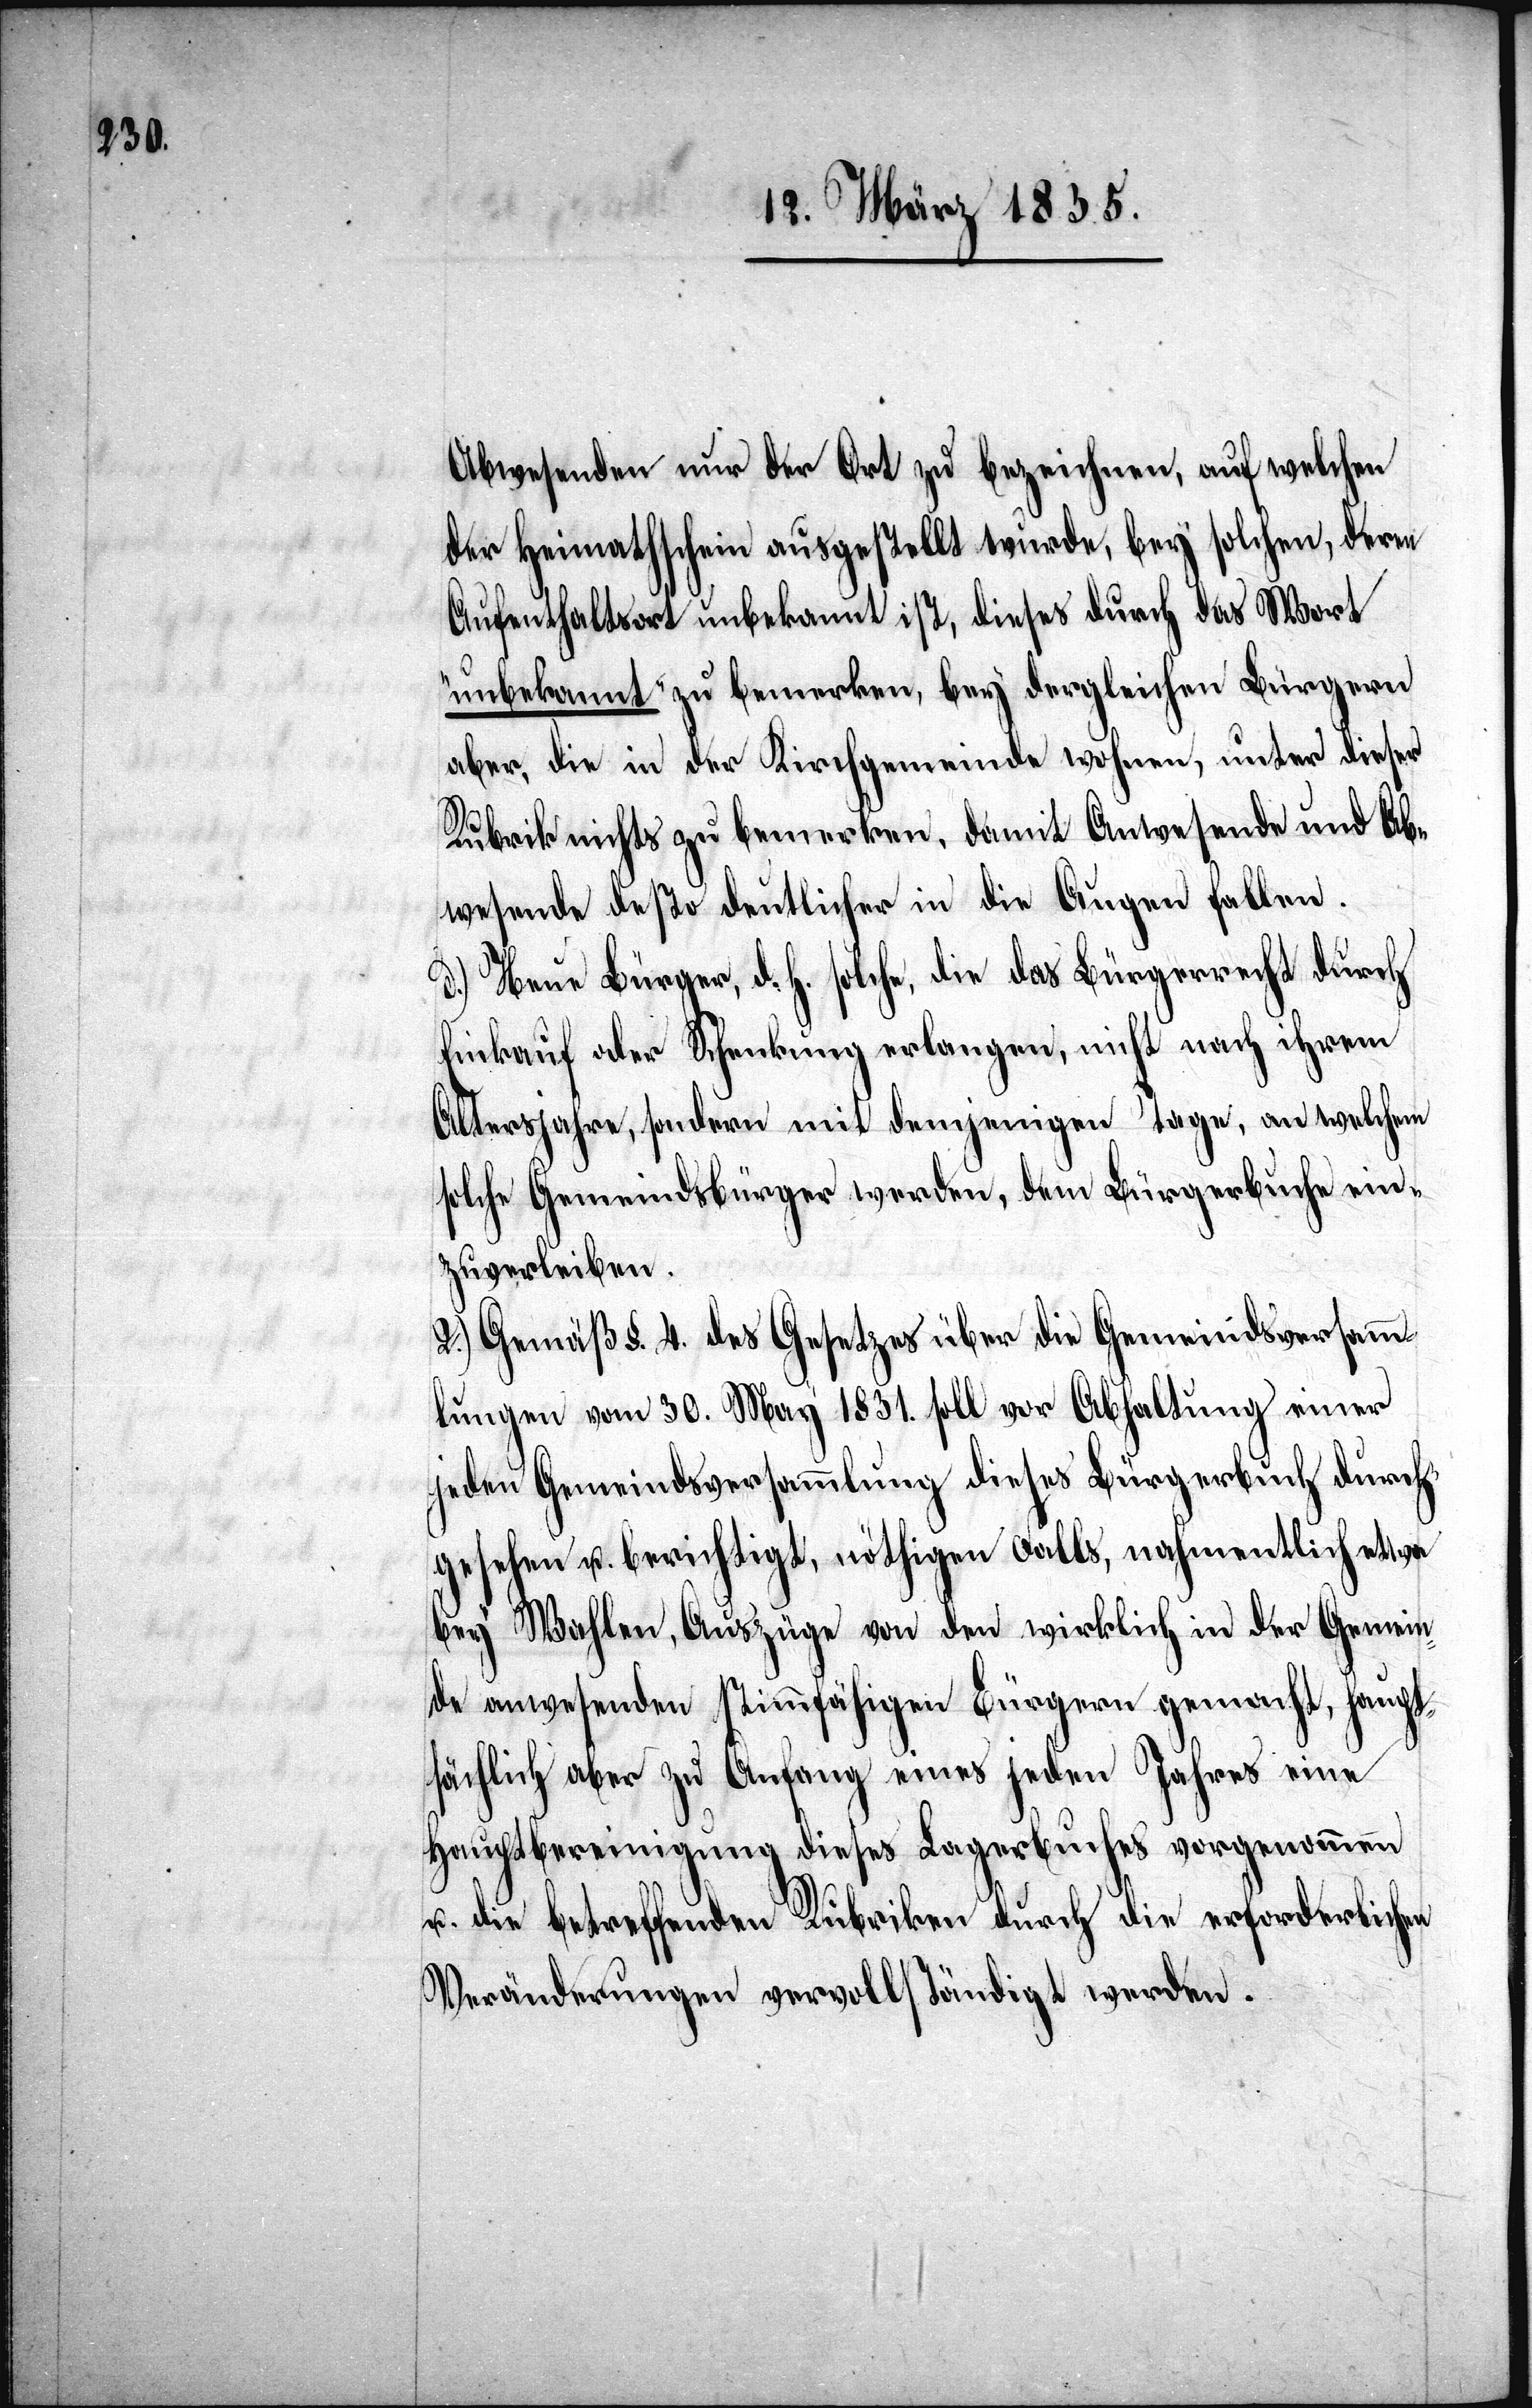
Abwesenden nur der Ort zu bezeichnen, auf welchen
der Heimathschein ausgestellt wurde, bey solchen, deren
Aufenthaltsort unbekannt ist, dieses durch das Wort
„unbekannt“ zu bemerken, bey dergleichen Bürgern
aber, die in der Kirchgemeinde wohnen, unter dieser
Rubrik nichts zu bemerken, damit Anwesende und Ab¬
wesende desto deutlicher in die Augen fallen.
d.) Neue Bürger, d. h. solche, die das Bürgerrecht durch
Einkauf oder Schenkung erlangen, nicht nach ihrem
Altersjahre, sondern mit demjenigen Tage, an welchem
solche Gemeindsbürger werden, dem Bürgerbuche ein¬
zuverleiben.
2.) Gemäß §. 4. des Gesetzes über die Gemeindsversamm¬
lungen vom 30. May 1831. soll vor Abhaltung einer
jeden Gemeindsversammlung dieses Bürgerbuch durch¬
gesehen u. berichtigt, nöthigen Falls, nahmentlich etwa
bey Wahlen, Auszüge von den wirklich in der Gemein¬
haupt¬
de anwesenden stimmfähigen Bürgern gemacht,
sächlich aber zu Anfang eines jeden Jahres eine
Hauptbereinigung dieses Lagerbuches vorgenommen
u. die betreffenden Rubriken durch die erforderlichen
Veränderungen vervollständigt werden.